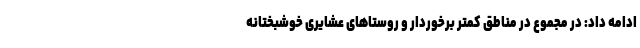
ادامه داد: در مجموع در مناطق کمتر برخوردار و روستاهای عشایری خوشبختانه